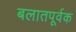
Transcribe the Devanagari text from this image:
बलातपूर्वक